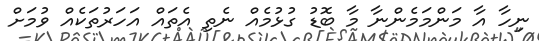
ނިހާ އާ މަންމަމެންނާ މާ ބޮޑު ގުޅުމެއް ނެތި އެތައް އަހަރުތަކެއް ވުމަށް